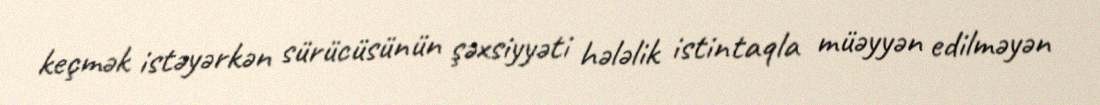
keçmək istəyərkən sürücüsünün şəxsiyyəti hələlik istintaqla müəyyən edilməyən